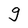
Character: g